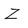
Character: z